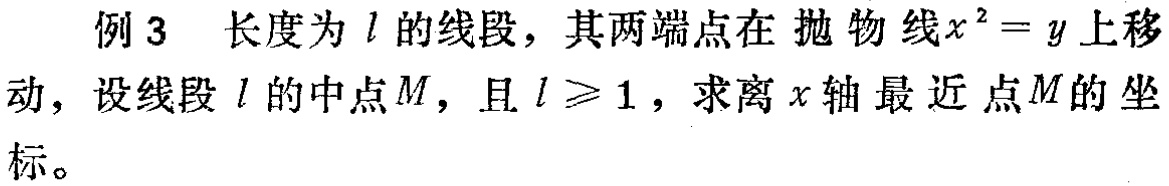
例 3 长度为 \(l\) 的线段，其两端点在抛物线\(x^{2}=y\)上移动，设线段 \(l\) 的中点\(M\)，且 \(l\geqslant1\)，求离 \(x\) 轴最近点\(M\)的坐标。